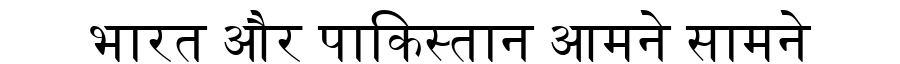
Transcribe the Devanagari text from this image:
भारत और पाकिस्तान आमने सामने